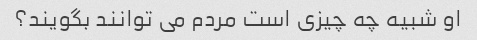
او شبیه چه چیزی است مردم می توانند بگویند؟